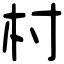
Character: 村